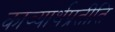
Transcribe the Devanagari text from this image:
काव्यार्थप्रतीति